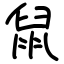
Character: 鼠